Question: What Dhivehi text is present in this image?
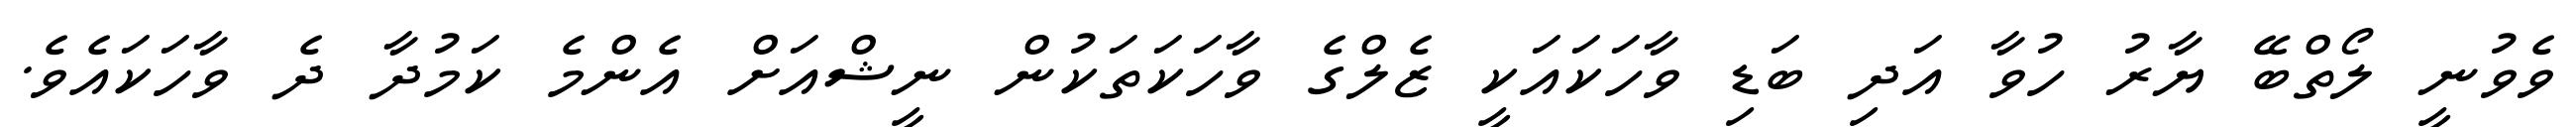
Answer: ވެވުނީ ލޯތްބޭ ޔާރު ހުވާ އަދި ބަޑި ވާހަކައަކީ ޒެލްގެ ވާހަކަތަކުން ނީޝްއަށް އެންމެ ކަމުދާ ދެ ވާހަކައެވެ.